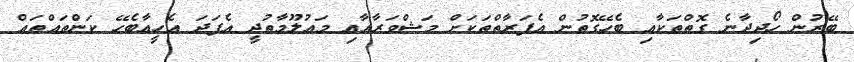
ބޭރުން ހޯދިދާނެ ގޮތްތަކާއި ބެހޭގޮތުން އެފަރާތްތަކަށް މަޝްވަރާއާއި މަޢުލޫމާތުދީ އެފަދަ އެހީއާބެހޭ ކަންތައްތައް